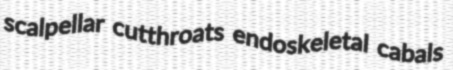
scalpellar cutthroats endoskeletal cabals